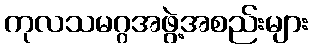
ကုလသမဂ္ဂအဖွဲ့အစည်းများ